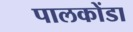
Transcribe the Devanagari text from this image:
पालकोंडा